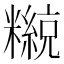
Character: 𥽄